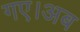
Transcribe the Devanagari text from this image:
गए।अब